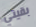
بقيتي